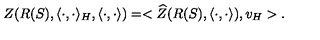
Z ( R ( S ) , \langle \cdot , \cdot \rangle _ { H } , \langle \cdot , \cdot \rangle ) = < \widehat { Z } ( R ( S ) , \langle \cdot , \cdot \rangle ) , v _ { H } > .